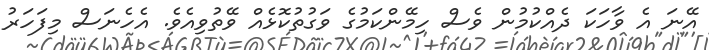
އޭނަ އެ ވާހަކަ ދެއްކުމުން ވެސް ހިމޭންކަމުގެ ވަގުތުކޮޅެއް ވޭތުވިއެވެ. އެހެނަސް މިފަހަރު